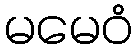
မမေဝံ